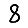
Digit: 8